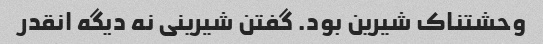
وحشتناک شیرین بود. گفتن شیرینی نه دیگه انقدر